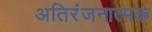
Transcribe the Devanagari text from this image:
अतिरंजनात्मक